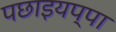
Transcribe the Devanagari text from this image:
पछाइयप्पा